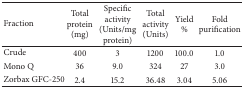
| Fraction | Total protein (mg) | Specific activity (Units/mg protein) | Total activity(Units) | Yield % | Fold purification |
 | --- | --- | --- | --- | --- | --- |
 | Crude | 400 | 3 | 1200 | 100.0 | 1.0 |
 | Mono Q | 36 | 9.0 | 324 | 27 | 3.0 |
 | Zorbax GFC-250 | 2.4 | 15.2 | 36.48 | 3.04 | 5.06 |